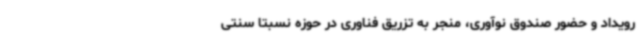
رویداد و حضور صندوق نوآوری، منجر به تزریق فناوری در حوزه نسبتا سنتی